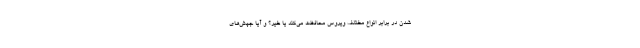
شدن در برابر انواع مختلف ویروس محافظت می‌کند یا خیر؟ و آیا جهش‌های